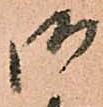
御